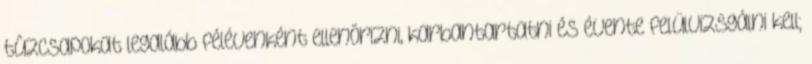
tûzcsapokat legalább félévenként ellenõrizni, karbantartatni és évente felülvizsgálni kell;